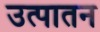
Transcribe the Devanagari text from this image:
उत्पातन